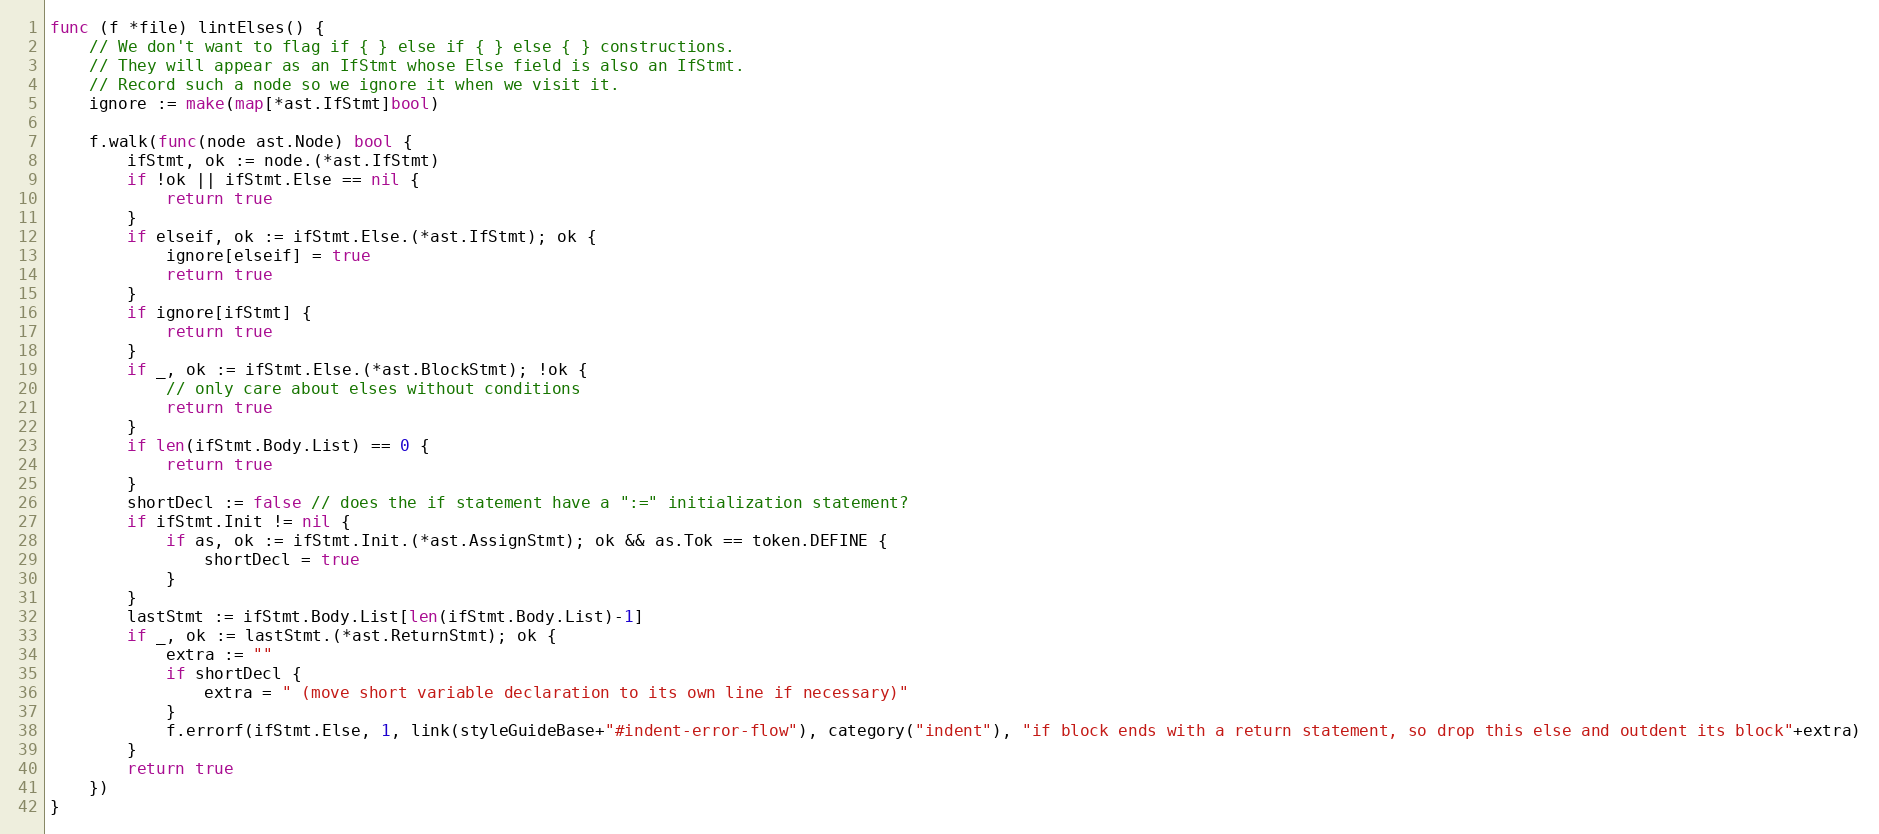
Language: Go
func (f *file) lintElses() {
	// We don't want to flag if { } else if { } else { } constructions.
	// They will appear as an IfStmt whose Else field is also an IfStmt.
	// Record such a node so we ignore it when we visit it.
	ignore := make(map[*ast.IfStmt]bool)

	f.walk(func(node ast.Node) bool {
		ifStmt, ok := node.(*ast.IfStmt)
		if !ok || ifStmt.Else == nil {
			return true
		}
		if elseif, ok := ifStmt.Else.(*ast.IfStmt); ok {
			ignore[elseif] = true
			return true
		}
		if ignore[ifStmt] {
			return true
		}
		if _, ok := ifStmt.Else.(*ast.BlockStmt); !ok {
			// only care about elses without conditions
			return true
		}
		if len(ifStmt.Body.List) == 0 {
			return true
		}
		shortDecl := false // does the if statement have a ":=" initialization statement?
		if ifStmt.Init != nil {
			if as, ok := ifStmt.Init.(*ast.AssignStmt); ok && as.Tok == token.DEFINE {
				shortDecl = true
			}
		}
		lastStmt := ifStmt.Body.List[len(ifStmt.Body.List)-1]
		if _, ok := lastStmt.(*ast.ReturnStmt); ok {
			extra := ""
			if shortDecl {
				extra = " (move short variable declaration to its own line if necessary)"
			}
			f.errorf(ifStmt.Else, 1, link(styleGuideBase+"#indent-error-flow"), category("indent"), "if block ends with a return statement, so drop this else and outdent its block"+extra)
		}
		return true
	})
}